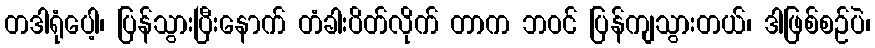
တဒါရုံပေါ့၊ ပြန်သွားပြီးနောက် တံခါးပိတ်လိုက် တာက ဘဝင် ပြန်ကျသွားတယ်၊ ဒါဖြစ်စဉ်ပဲ၊